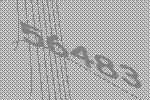
56483